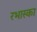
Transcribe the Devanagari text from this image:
रभास्‍का